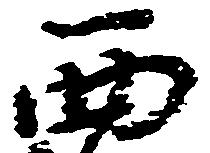
西